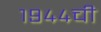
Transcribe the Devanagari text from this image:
१९४४ची